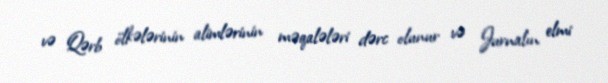
və Qərb ölkələrinin alimlərinin məqalələri dərc olunur və Jurnalın elmi